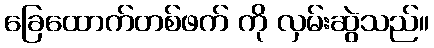
ခြေထောက်တစ်ဖက် ကို လှမ်းဆွဲသည်။